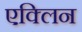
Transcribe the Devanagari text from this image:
एक्लिन